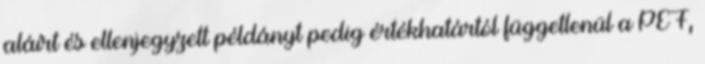
aláírt és ellenjegyzett példányt pedig értékhatártól függetlenül a PEF,